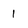
Character: 1